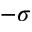
- \sigma